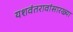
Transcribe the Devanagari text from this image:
यशवंतरावांसारख्या